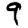
Digit: 9